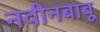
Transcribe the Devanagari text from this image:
नवीनबाबू